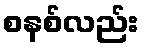
စနစ်လည်း